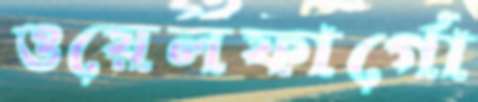
ওয়েলফার্গো